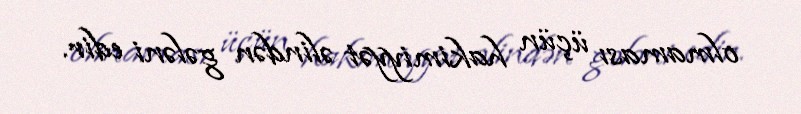
olmaması üçün hakimiyyət əlindən gələni edir.